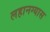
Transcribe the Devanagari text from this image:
लहानग्यास